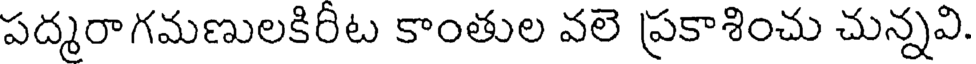
పద్మరాగమణులకిరిట కాంతుల వలె ప్రకాశించు చున్నవి.